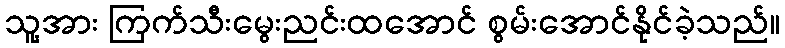
သူ့အား ကြက်သီးမွေးညင်းထအောင် စွမ်းအောင်နိုင်ခဲ့သည်။